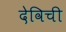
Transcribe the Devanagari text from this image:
देविची